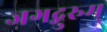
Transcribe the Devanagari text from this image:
जगद्गुरुम्